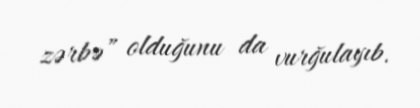
zərbə” olduğunu da vurğulayıb.